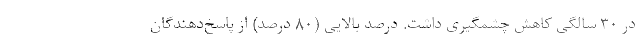
در ۳۰ سالگی کاهش چشمگیری داشت. درصد بالایی (۸۰ درصد) از پاسخ‌دهندگان